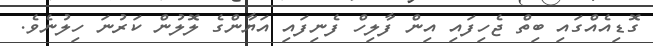
ގޮޑިއެއްގައި ބިތް ޖެހިފައި އިން ފާލިހް ފެނިފައި އަޔާންގެ ލޮލުން ކަރުނަ ހިލުނެވެ.